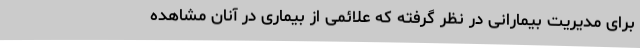
برای مدیریت بیمارانی در نظر گرفته که علائمی از بیماری در آنان مشاهده